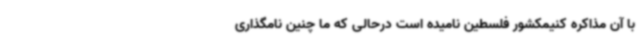
با آن مذاکره کنیمکشور فلسطین نامیده است درحالی که ما چنین نامگذاری